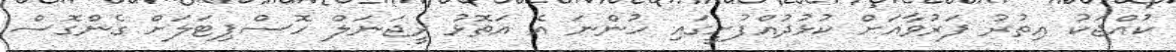
ކުއްޖަކު އިތުރު ފަރުވާއަށް ކުޅުދުއްފުށީގައި ހުންނަ އެ އަތޮޅު ރީޖަނަލް ހޮސްޕިޓަލަށް ގެންގޮސް